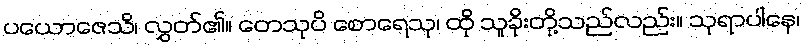
ပယောဇေသိ၊ လွှတ်၏။ တေသုပိ စောရေသု၊ ထို သူခိုးတို့သည်လည်း။ သုရာပါနေ၊